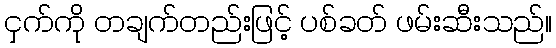
ငှက်ကို တချက်တည်းဖြင့် ပစ်ခတ် ဖမ်းဆီးသည်။